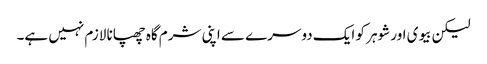
لیکن بیوی اور شوہر کو ایک دوسرے سے اپنی شرم گاہ چھپانا لازم نہیں ہے۔